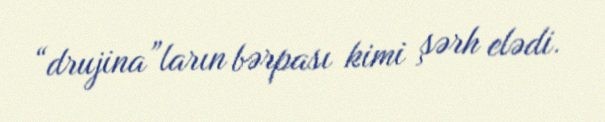
“drujina”ların bərpası kimi şərh elədi.